Bréfritari: Sigríður Pálsdóttir
Viðtakandi: Páll Pálsson
Dagsetning: A-1870-11-06
Skrifað á: Breiðabólsstað  Rang.
Páll var bróðir Sigríðar

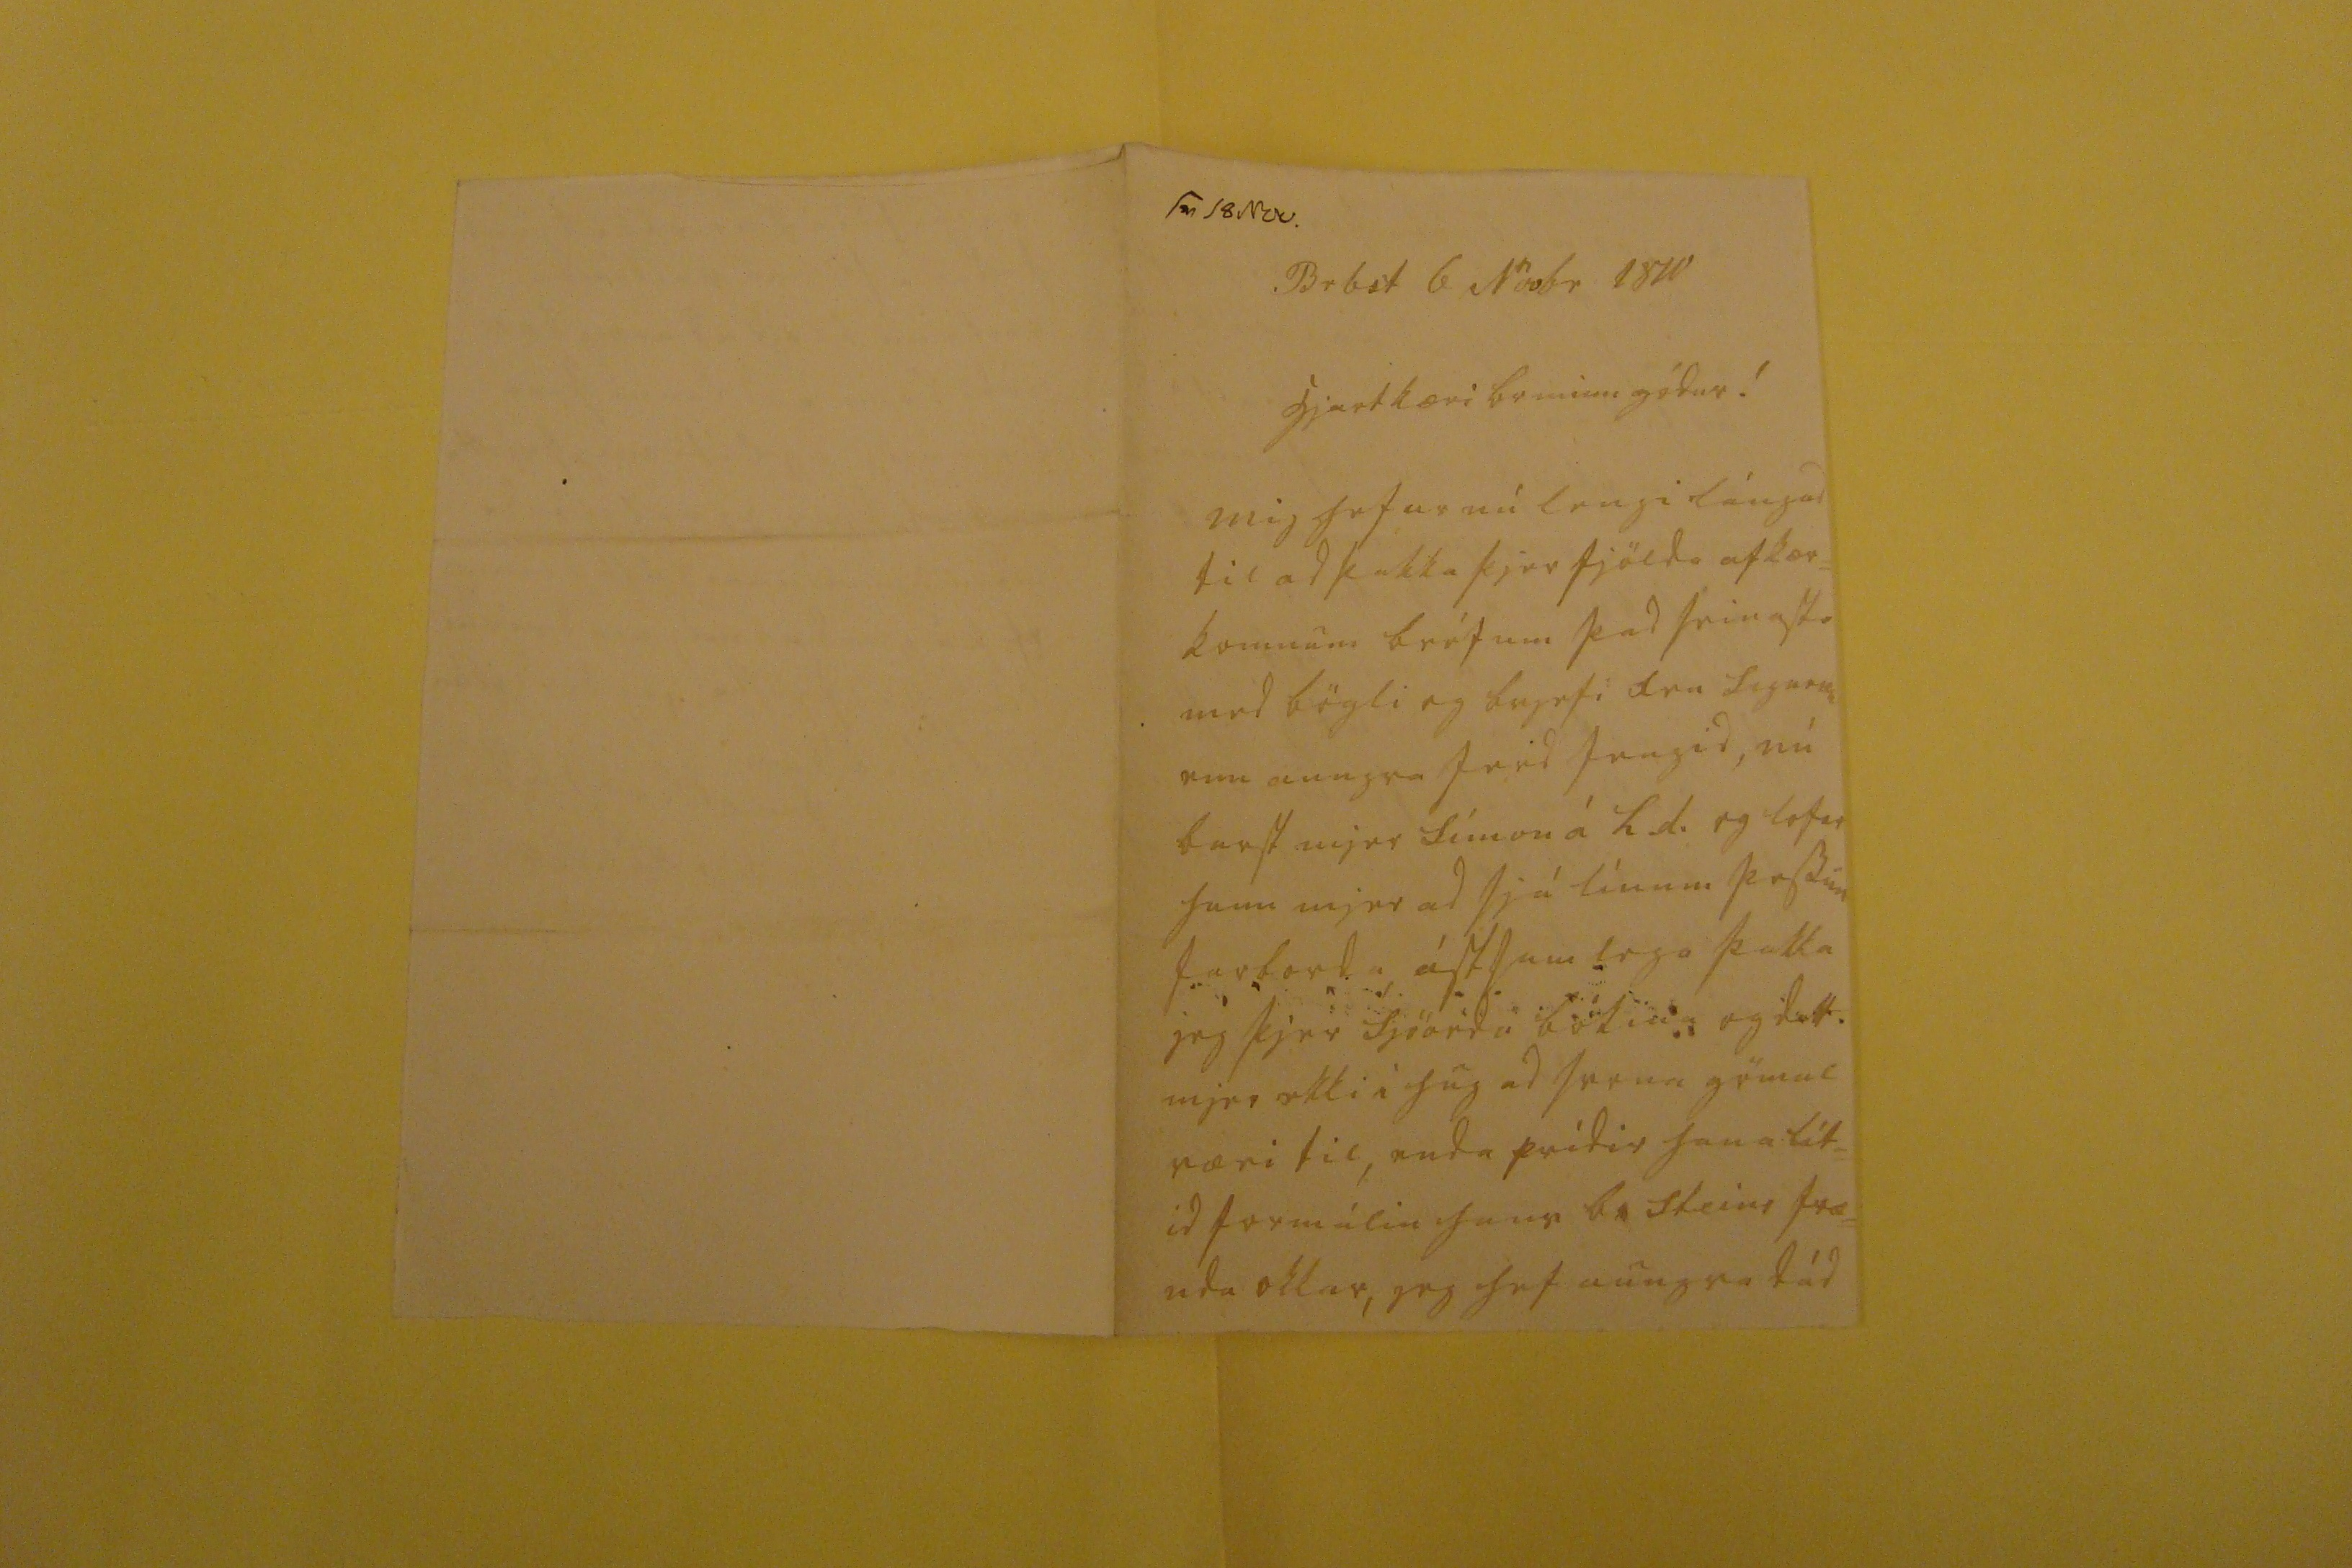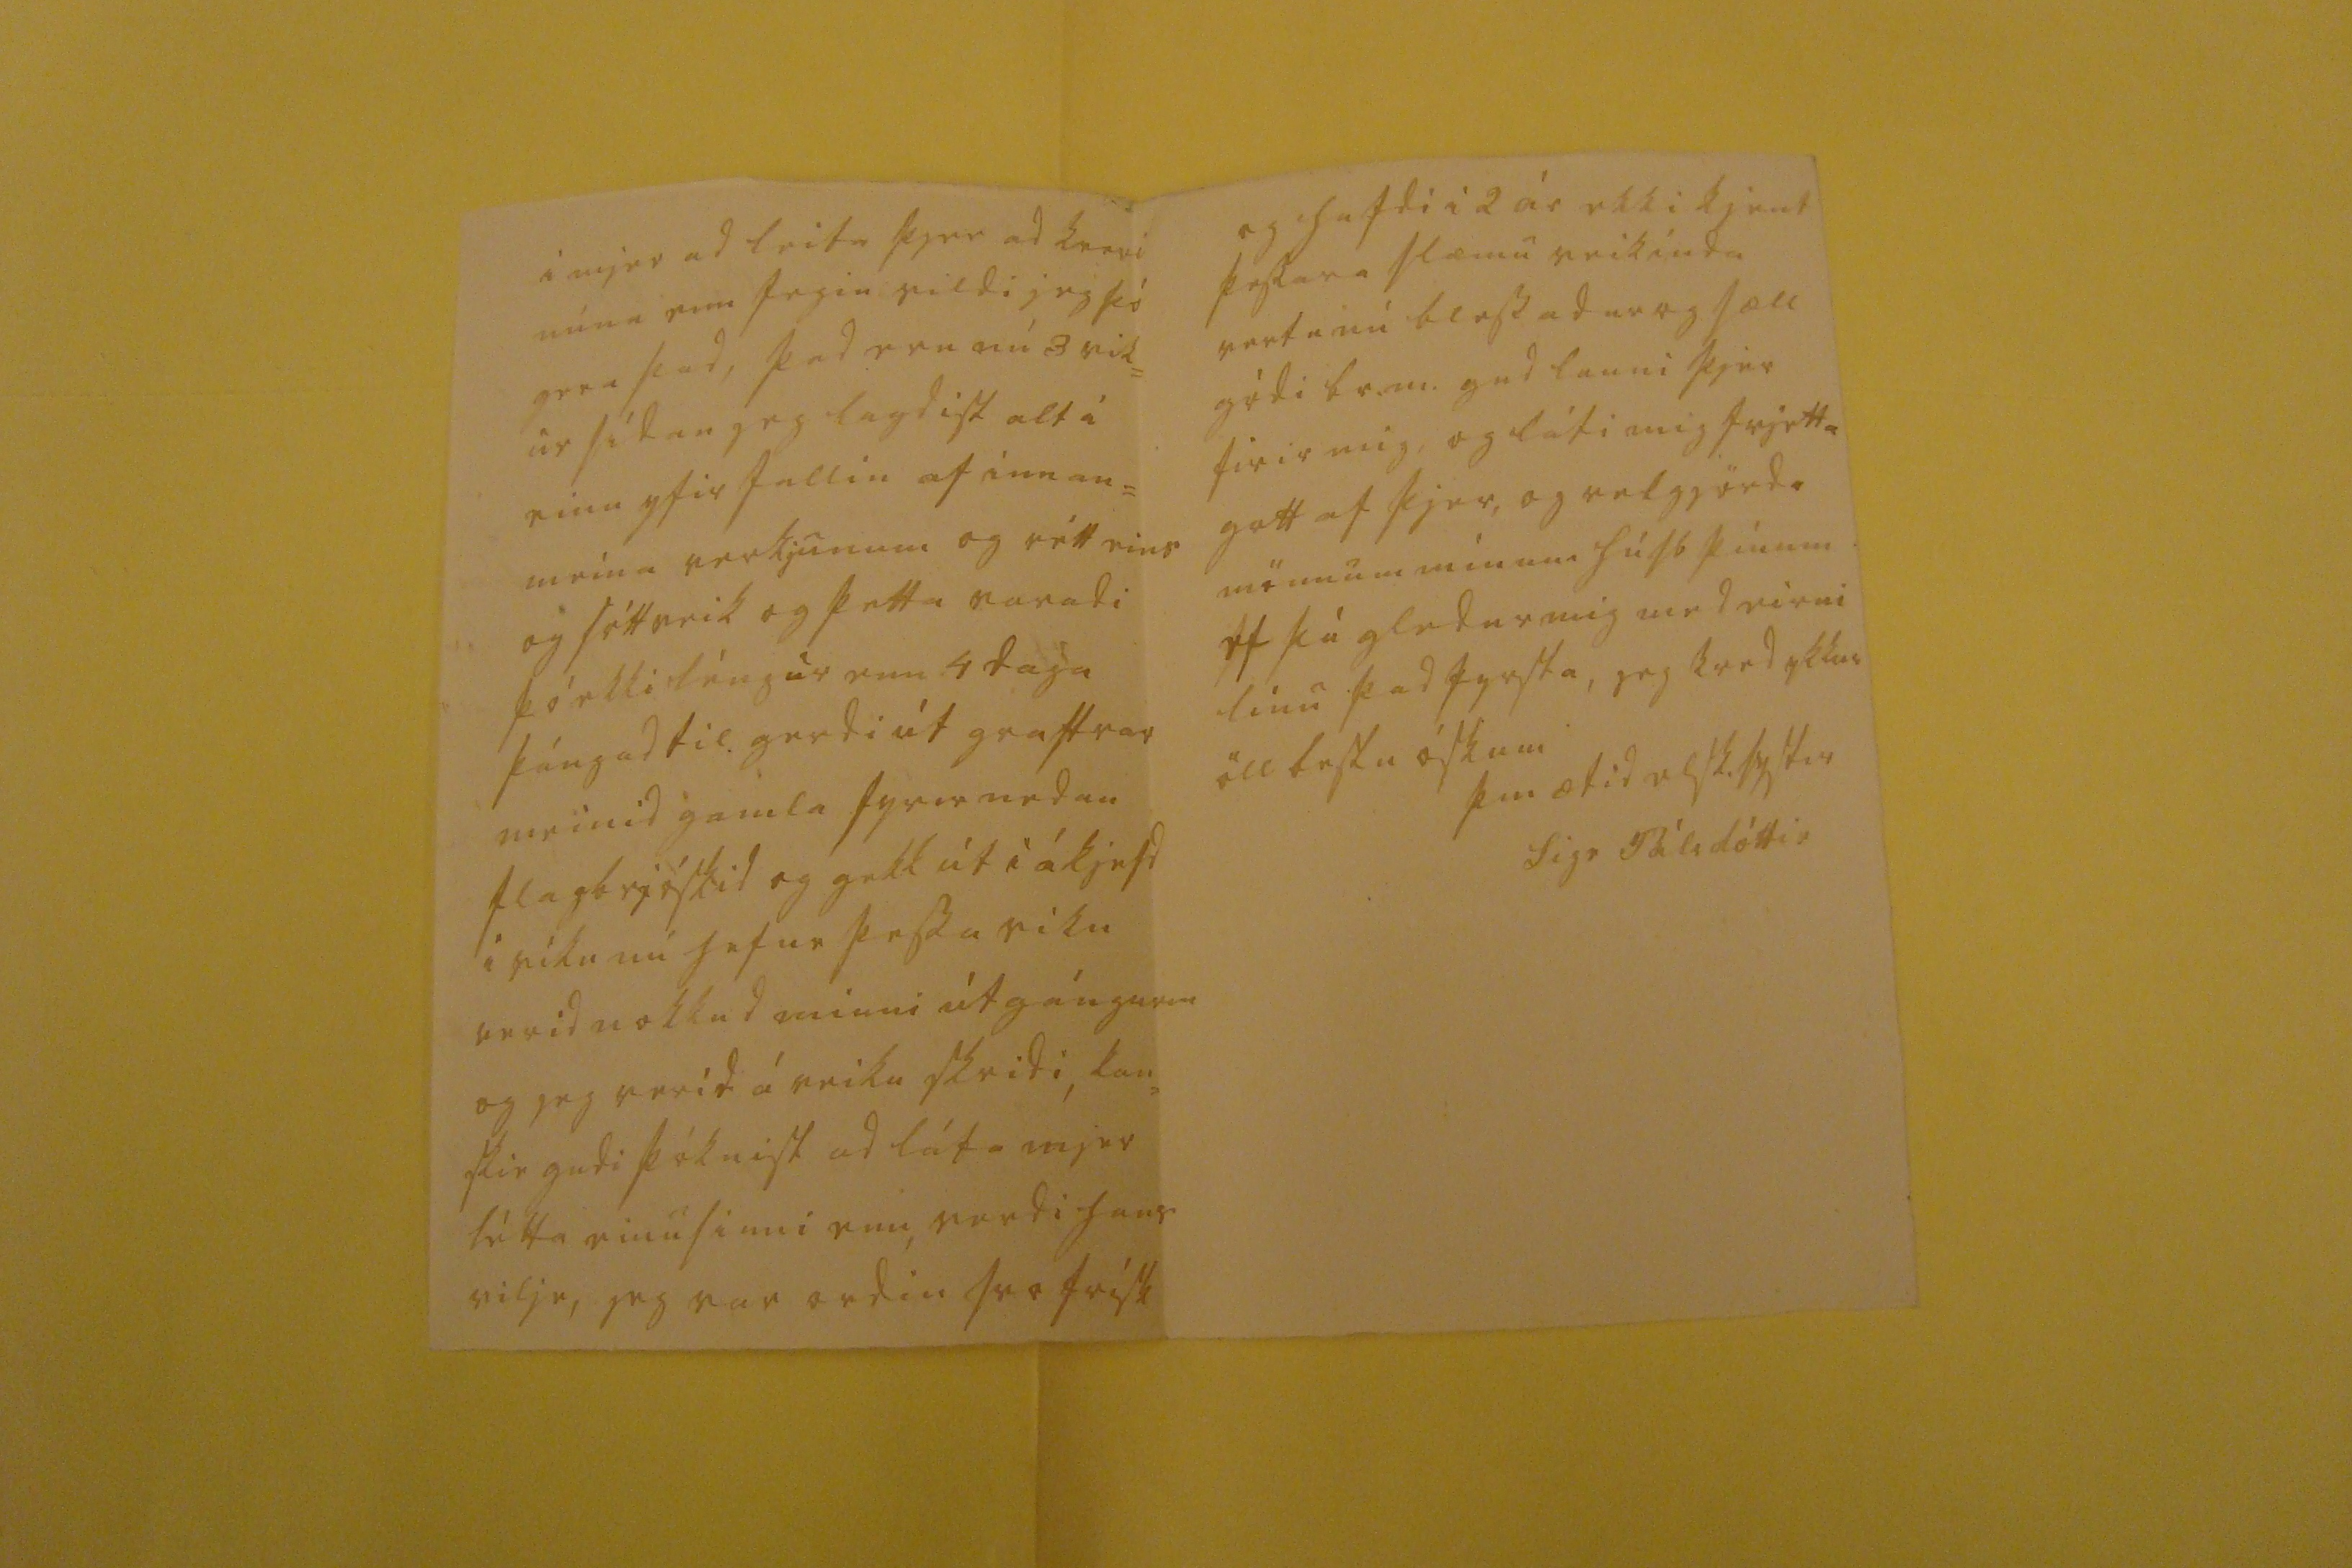

sv 18 Nov.
Br b st 6 Novbr 1870
hjartkæri br minn gódur!
Mig hefur nú lengi lángad til ad þakka þjer fjölda af kær= komnum bréfum þad seinasta med bögli og brjefi fru Sigurson enn aungva ferd fengid, nú barst mjer Símon á L.d. og lofar hann mjer ad sjá línum þessum farborda ástsamlega þakka jeg þjer Sjöordu bókina og datt mjer ekki i huga ad svona gömul væri til, enda prídir hana lít= id formálin hans G. Steins fræ= nda okkar, jeg hef aungva dád
í mjer ad leita þjer ad kveri mínu enn fegin vildi jeg þó gera þad, þad eru nú 3 vik= ur sídan jeg lagdist alt í einu yfir fallin af innan= meina verkjunum og rétt eins og sóttveik og þetta varadi þó ekki léngur enn 4 daga þángad til gerdi út graftrar meinid gamla fyrir nedan flagbrjóskid og gekk út i ákjefd i viku nú hefur þessa viku verid nokkud minni útgángurin og jeg verid á veiku skridi, kan= skie gudi þóknist ad láta mjer létta einusinni enn, verdi hans vilje, jeg var ordin svo frísk
og hafdi i 2 ár ekki kjent þessara slæmu veikinda vertu nú blessadur og sæll gódi br.m. gud launi þjer firir mig, og láti mig frjetta gott af þjer, og velggjörda mönnum mínum húsb þínum ef þú gledur mig med eirni línu þad fyrsta, jeg kved ykkur öll bestu óskum
þín ætid elsk. systir
Sigr Pálsdóttir
blessadur gágtu vel frá brjefinu og böglinum frúarinar